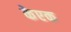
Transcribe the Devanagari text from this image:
केएक